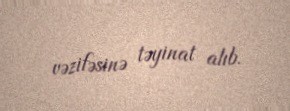
vəzifəsinə təyinat alıb.